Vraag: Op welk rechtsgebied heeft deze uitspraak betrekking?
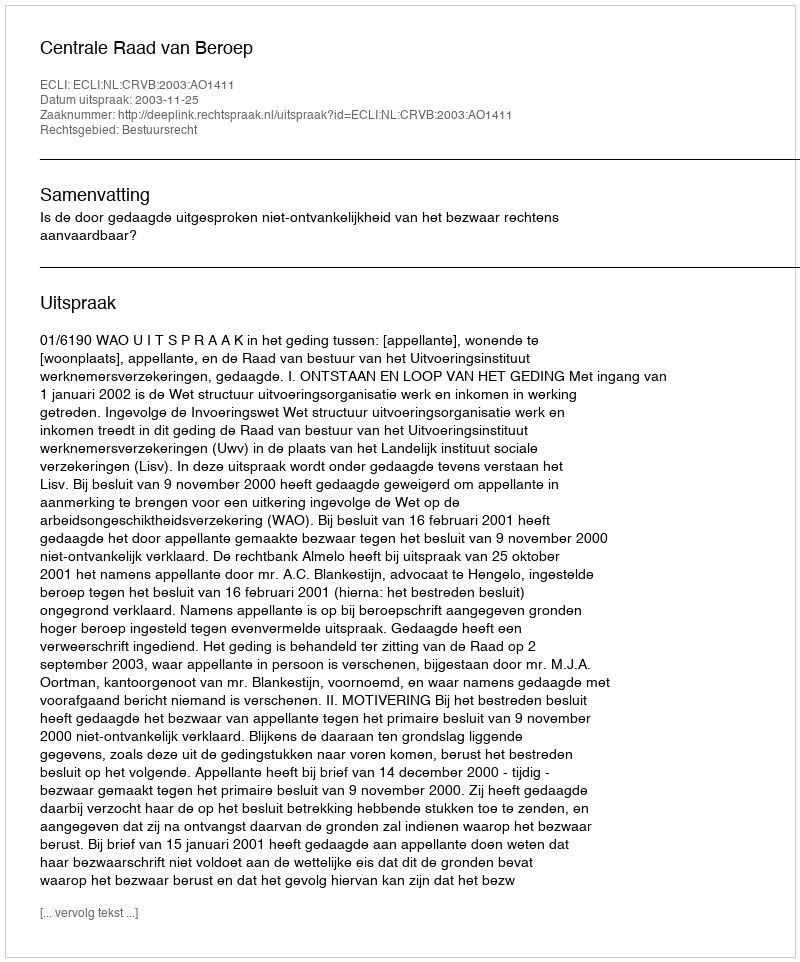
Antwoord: Bestuursrecht